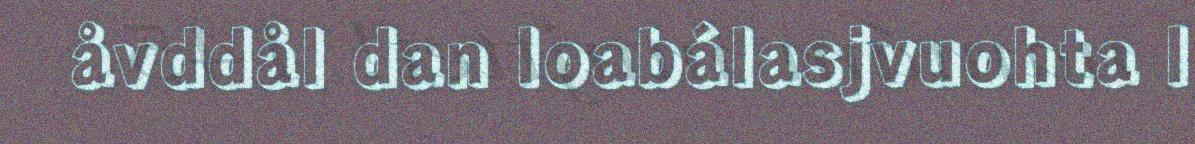
åvddål dan loabálasjvuohta l